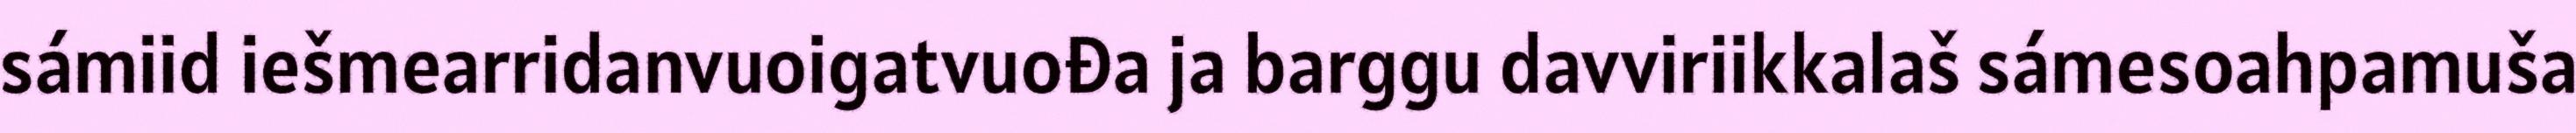
sámiid iešmearridanvuoigatvuođa ja barggu davviriikkalaš sámesoahpamuša